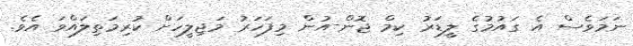
ނަމަވެސް އެ ގައުމުގެ ލީޑަރު ކިމް ޖޮން-އުން މިފަހަރު މަޖިލީހަށް ކުރިމަތިލައްވަ އެވެ.